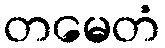
တမေတံ